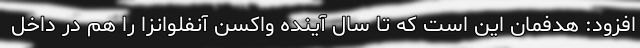
افزود: هدفمان این است که تا سال آینده واکسن آنفلوانزا را هم در داخل